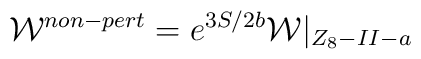
{\cal W}^{non-pert} = e^{3S/2b} {\cal W}|_{Z_8 -II -a}